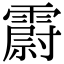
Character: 霨